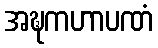
အဍ္ဎကဟာပဏံ